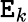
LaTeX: \mathtt{E}_{k}